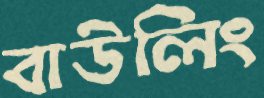
বাউলিং